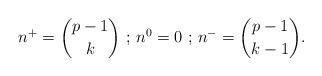
LaTeX: \begin{align*}n^+ = {p-1 \choose k} \mbox{ ; } n^0 = 0 \mbox{ ; } n^- = {p-1 \choose k-1}.\end{align*}